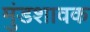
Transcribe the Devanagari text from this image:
मुंडशावक